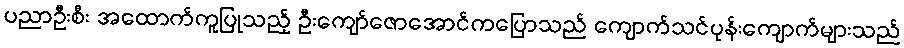
ပညာဦးစီး အထောက်ကူပြုသည့် ဦးကျော်ဇောအောင်ကပြောသည် ကျောက်သင်ပုန်းကျောက်များသည်